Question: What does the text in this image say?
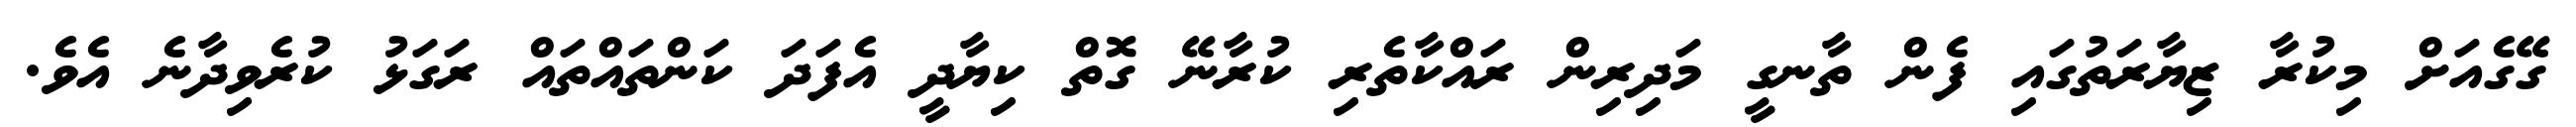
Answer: ގޭގެއަށް މިކުރާ ޒިޔާރަތުގައި ފެން ތާނގީ މަދިރިން ރައްކާތެރި ކުރާނޭ ގޮތް ކިޔާދީ އެފަދަ ކަންތައްތައް ރަގަޅު ކުރެވިދާނެ އެވެ.